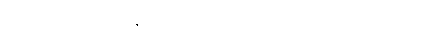
ခါးတဲ့ဆေးဟာ ခန္ဓာကိုယ်အတွက် ကောင်းတာ သဘာဝပဲ။